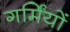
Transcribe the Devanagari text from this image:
गर्मिंयों